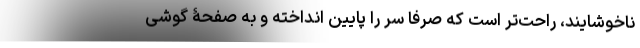
ناخوشایند، راحت‌تر است که صرفاً سر را پایین انداخته و به صفحۀ گوشی